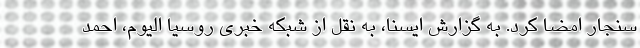
سنجار امضا کرد. به گزارش ایسنا، به نقل از شبکه خبری روسیا الیوم، احمد